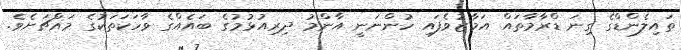
ތައިލެންޑްގެ ގިނަ ޑްރާމާތައް އަމާޒުވެފައި ހުންނަނީ އާންމު ދިރިއުޅުމުގެ ބައެއްގެ ވާހަކަތަކުގެ މައްޗަށެވެ.